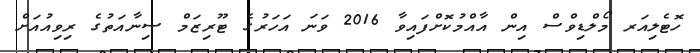
ހޮޓެލިއަރ މޯލްޑިވްސް އިން އާއްމުކޮށްފައިވާ 2016 ވަނަ އަހަރުގެ ޓޫރިޒަމް ސިނާއަތުގެ ރިވިއުއަށް